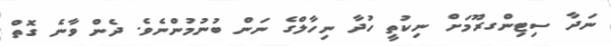
ނަދާ ސިޓިންގރޫމަށް ނިކުތީ ހުދާ ނިހާލްގެ ނަން ބުނުމުންނެވެ. ދެން ވާނެ ގޮތް